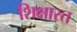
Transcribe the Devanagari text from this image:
शिक्षारत